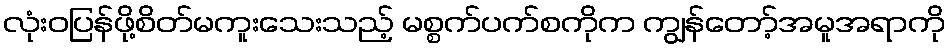
လုံးဝပြန်ဖို့စိတ်မကူးသေးသည့် မစ္စက်ပက်စကိုက ကျွန်တော့်အမူအရာကို